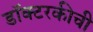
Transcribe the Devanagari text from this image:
डॉक्टरकीची